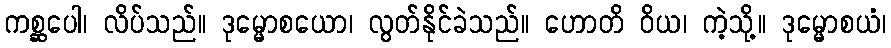
ကစ္ဆပေါ၊ လိပ်သည်။ ဒုမ္မောစယော၊ လွတ်နိုင်ခဲသည်။ ဟောတိ ဝိယ၊ ကဲ့သို့။ ဒုမ္မောစယံ၊